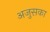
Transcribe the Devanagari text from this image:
अजुसका